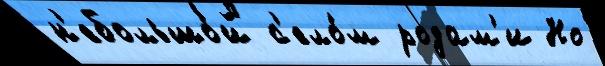
н'ебольшо́й с'ело́м родам'и Но